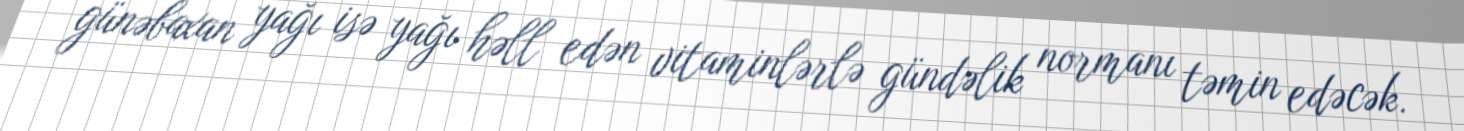
günəbaxan yağı isə yağı həll edən vitaminlərlə gündəlik normanı təmin edəcək.